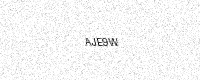
Text: AJE9W